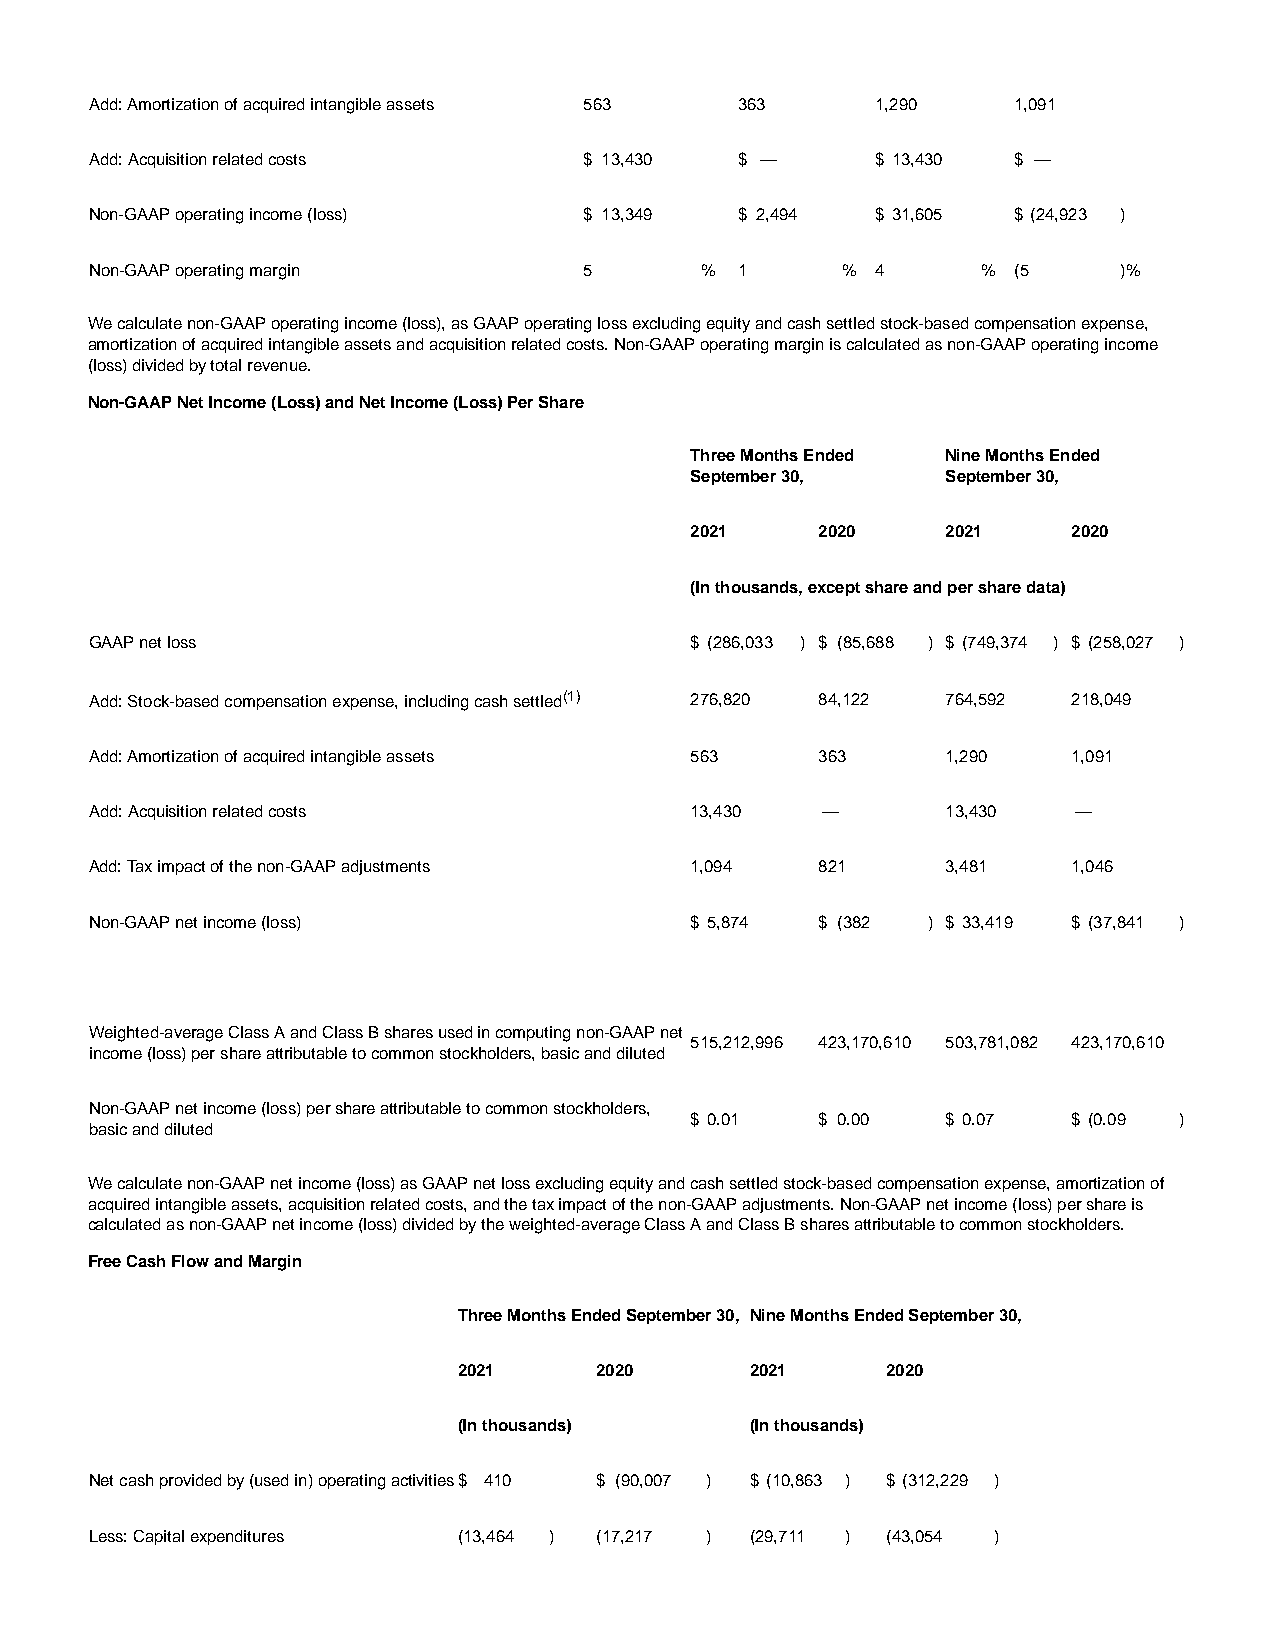
Add: Amortization of acquired intangible assets 563 363 1,290 1,091
 Add: Acquisition related costs   $ 13,430  $ —      $ 13,430 $ —
 Non-GAAP operating income (loss) $ 13,349  $ 2,494  $ 31,605 $ (24,923 )
 Non-GAAP operating margin        5      %  1      % 4      % (5     )%
 We calculate non-GAAP operating income (loss), as GAAP operating loss excluding equity and cash settled stock-based compensation expense,
 amortization of acquired intangible assets and acquisition related costs. Non-GAAP operating margin is calculated as non-GAAP operating income
 (loss) divided by total revenue.
 Non-GAAP Net Income (Loss) and Net Income (Loss) Per Share
 Three Months Ended Nine Months Ended
 September 30,    September 30,
 2021    2020     2021    2020
 (In thousands, except share and per share data)
 GAAP net loss                           $ (286,033 ) $ (85,688 ) $ (749,374 ) $ (258,027 )
 Add: Stock-based compensation expense, including cash settled(1) 276,820 84,122 764,592 218,049
 Add: Amortization of acquired intangible assets 563 363  1,290   1,091
 Add: Acquisition related costs          13,430  —        13,430  —
 Add: Tax impact of the non-GAAP adjustments 1,094 821    3,481   1,046
 Non-GAAP net income (loss)              $ 5,874 $ (382 ) $ 33,419 $ (37,841 )
 Weighted-average Class A and Class B shares used in computing non-GAAP net
 515,212,996 423,170,610 503,781,082 423,170,610
 income (loss) per share attributable to common stockholders, basic and diluted
 Non-GAAP net income (loss) per share attributable to common stockholders,
 $ 0.01  $ 0.00   $ 0.07  $ (0.09 )
 basic and diluted
 We calculate non-GAAP net income (loss) as GAAP net loss excluding equity and cash settled stock-based compensation expense, amortization of
 acquired intangible assets, acquisition related costs, and the tax impact of the non-GAAP adjustments. Non-GAAP net income (loss) per share is
 calculated as non-GAAP net income (loss) divided by the weighted-average Class A and Class B shares attributable to common stockholders.
 Free Cash Flow and Margin
 Three Months Ended September 30, Nine Months Ended September 30,
 2021     2020       2021     2020
 (In thousands)      (In thousands)
 Net cash provided by (used in) operating activities$ 410 $ (90,007 ) $ (10,863 ) $ (312,229 )
 Less: Capital expenditures (13,464 ) (17,217 ) (29,711 ) (43,054 )